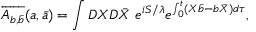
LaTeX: \overleftarrow { A _ { b , \bar { b } } } ( a , \bar { a } ) = \int { \cal D } X { \cal D } \bar { X } \ e ^ { i S / \lambda } e ^ { \int _ { 0 } ^ { t } ( X \bar { b } - b \bar { X } ) d \tau } ,